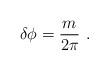
LaTeX: \begin{align*}\delta\phi = {m \over 2 \pi } \ .\end{align*}